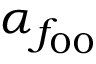
\alpha _ { f _ { 0 0 } }